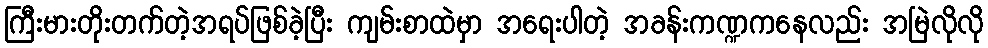
ကြီးမားတိုးတက်တဲ့အရပ်ဖြစ်ခဲ့ပြီး ကျမ်းစာထဲမှာ အရေးပါတဲ့ အခန်းကဏ္ဍကနေလည်း အမြဲလိုလို